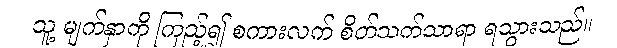
သူ့ မျက်နှာကို ကြည့်၍ စကားလက် စိတ်သက်သာရာ ရသွားသည်။